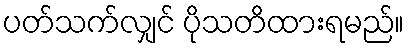
ပတ်သက်လျှင် ပိုသတိထားရမည်။